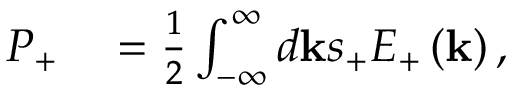
\begin{array} { r l } { P _ { + } } & { { } = \frac { 1 } { 2 } \int _ { - \infty } ^ { \infty } d \mathbf { k } s _ { + } E _ { + } \left( \mathbf { k } \right) , } \end{array}